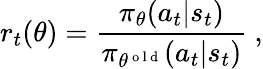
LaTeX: r_{t}(\theta)=\frac{\pi_{\theta}(a_{t}|s_{t})}{\pi_{\theta^{\mathrm{~o~l~d~}}}(a_{t}|s_{t})}~,